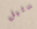
ستيل